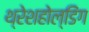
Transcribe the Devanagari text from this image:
थ्रेशहोल्डिंग